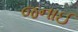
જનાઈ